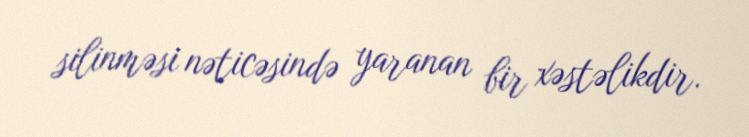
silinməsi nəticəsində yaranan bir xəstəlikdir.